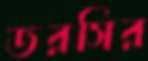
ডরসির